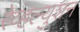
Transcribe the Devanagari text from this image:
रेव्हल्युशन